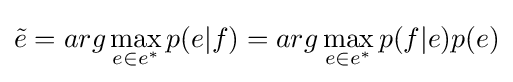
{\tilde {e}}=arg\max _{e\in e^{*}}p(e|f)=arg\max _{e\in e^{*}}p(f|e)p(e)